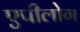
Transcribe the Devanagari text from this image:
एपीलोग